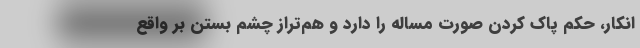
انكار، حكم پاك كردن صورت مساله را دارد و هم‌تراز چشم بستن بر واقع